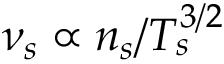
\nu _ { s } \propto n _ { s } / T _ { s } ^ { 3 / 2 }